Annual statistical returns and brief notes on vaccination in Bengal - 1909-1929
Year: 1909
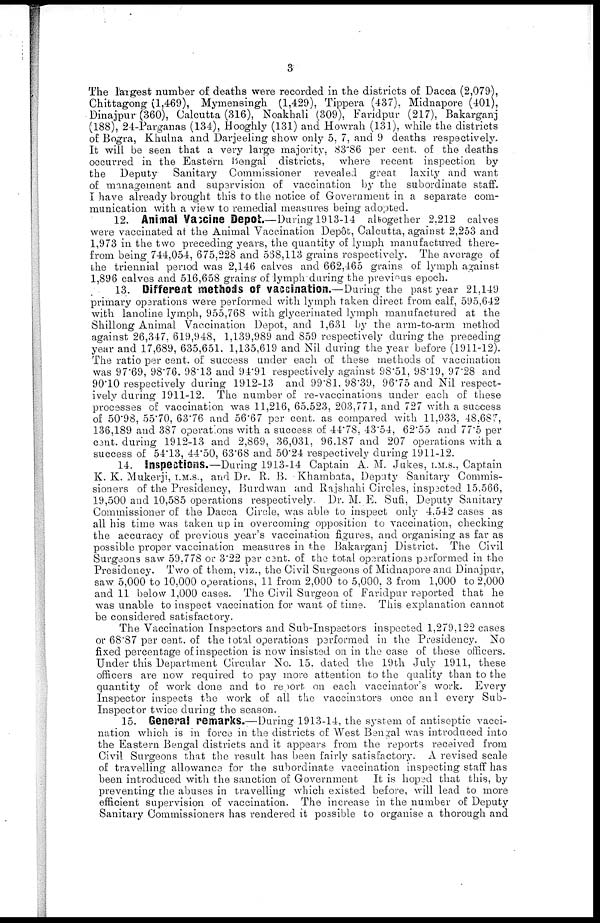
3
The largest number of deaths were recorded in the districts of Dacca (2,079),
Chittagong (1,469), Mymensingh (1,429), Tippera (437), Midnapore (401),
Dinajpur (360), Calcutta (316), Noakhali (309), Faridpur (217), Bakarganj
(188), 24-Parganas (134), Hooghly (131) and Howrah (131), while the districts
of Bogra, Khulna and Darjeeling show only 5,07, and 9 deaths respectively.
It will be seen that a very large majority, 83.86 per cent. of the deaths
occurred in the Eastern Bengal districts, where recent inspection by
the Deputy Sanitary Commissioner revealed great laxity and want
of management and supervision of vaccination by the subordinate staff.
I have already brought this to the notice of Government in a separate com-
munication with a view to remedial measures being adopted.
12. Animal Vaccine Depot.—During 1913-14 altogether 2,212 calves
were vaccinated at the Animal Vaccination Depôt, Calcutta, against 2,253 and
1,973 in the two preceding years, the quantity of lymph manufactured there-
from being 744,054, 675,228 and 568,113 grains respectively. The average of
the triennial period was 2,146 calves and 662,465 grains of lymph against
1,896 calves and 516,658 grains of lymph during the previous epoch.
13. Different methods of vaccination.—During the past year 21,149
primary operations were performed with lymph taken direct from calf, 595,642
with lanoline lymph, 955,768 with glycerinated lymph manufactured at the
Shillong Animal Vaccination Depot, and 1,631 by the arm-to-arm method
against 26,347, 619,948, 1,139,989 and 859 respectively during the preceding
year and 17,689, 635,651, 1,135,619 and Nil during the year before (1911-12).
The ratio per cent. of success under each of these methods of vaccination
was 97.69, 98.76. 98.13 and 94.91 respectively against 98.51, 98.19, 97.28 and
90.10 respectively during 1912-13 and 99.81, 98.39, 96.75 and Nil respect-
ively during 1911-12. The number of re-vaccinations under each of these
processes of vaccination was 11,216, 65.523, 203,771, and 727 with a success
of 50.98, 55.70, 63.76 and 56.67 per cent. as compared with 11,933, 48.687,
136,189 and 387 operations with a success of 44.78, 43.54, 62.55 and 77.5 per
cent. during 1912-13 and 2,869, 36,031, 96.187 and 207 operations with a
success of 54.13, 44.50, 63.68 and 50.24 respectively during 1911-12.
14. Inspections.—During 1913-14 Captain A. M. Jukes, I.M.S., Captain
K. K. Mukerji, I.M.S., and Dr. R. B. Khambata, Deputy Sanitary Commis-
sioners of the Presidency, Burdwan and Rajshahi Circles, inspected 15,566,
19,500 and 10,585 operations respectively. Dr. M. E. Sufi, Deputy Sanitary
Commissioner of the Dacca Circle, was able to inspect only 4,542 cases as
all his time was taken up in overcoming opposition to vaccination, checking
the accuracy of previous year's vaccination figures, and organising as far as
possible proper vaccination measures in the Bakarganj District. The Civil
Surgeons saw 59.778 or 3.22 per cent. of the total operations performed in the
Presidency. Two of them, viz., the Civil Surgeons of Midnapore and Dinajpur,
saw 5,000 to 10,000 operations, 11 from 2,000 to 5,000. 3 from 1,000 to 2,000
and 11 below 1,000 cases. The Civil Surgeon of Faridpur reported that he
was unable to inspect vaccination for want of time. This explanation cannot
be considered satisfactory.
The Vaccination Inspectors and Sub-Inspectors inspected 1,279,122 cases
or 68.87 per cent. of the total operations performed in the Presidency. No
fixed percentage of inspection is now insisted on in the case of these officers.
Under this Department Circular No. 15, dated the 19th July 1911, these
officers are now required to pay more attention to the quality than to the
quantity of work done and to report on each vaccinator's work. Every
Inspector inspects the work of all the vaccinators once and every Sub-
Inspector twice during the season.
15. General remarks.—During 1913-14, the system of antiseptic vacci-
nation which is in force in the districts of West Bengal was introduced into
the Eastern Bengal districts and it appears from the reports received from
Civil Surgeons that the result has been fairly satisfactory. A revised scale
of travelling allowance for the subordinate vaccination inspecting staff has
been introduced with the sanction of Government It is hoped that this, by
preventing the abuses in travelling which existed before, will lead to more
efficient supervision of vaccination. The increase in the number of Deputy
Sanitary Commissioners has rendered it possible to organise a thorough and